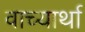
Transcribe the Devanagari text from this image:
वाच्यार्था